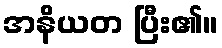
အနိယတ ပြီး၏။